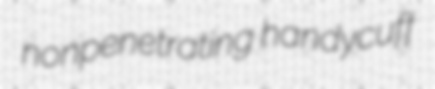
nonpenetrating handycuff